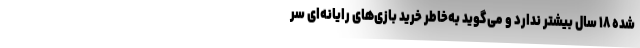
شده ۱۸ سال بیشتر ندارد و می‌گوید به‌خاطر خرید بازی‌های رایانه‌ای سر